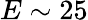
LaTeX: E\sim 25